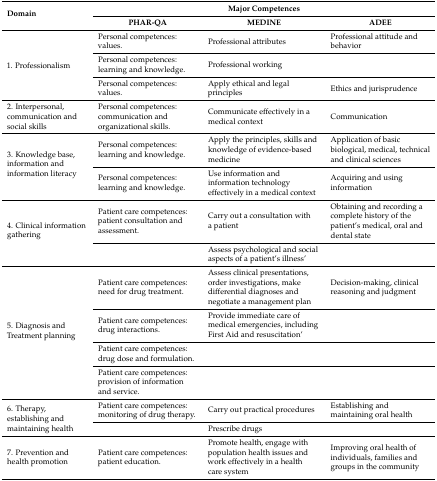
<table><thead><tr><td rowspan="2"><b>Domain</b></td><td colspan="3"><b>Major Competences</b></td></tr><tr><td><b>PHAR-QA</b></td><td><b>MEDINE</b></td><td><b>ADEE</b></td></tr></thead><tbody><tr><td rowspan="3">1. Professionalism</td><td>Personal competences: values.</td><td>Professional attributes</td><td>Professional attitude and behavior</td></tr><tr><td>Personal competences: learning and knowledge.</td><td>Professional working</td><td></td></tr><tr><td>Personal competences: values.</td><td>Apply ethical and legal principles</td><td>Ethics and jurisprudence</td></tr><tr><td>2. Interpersonal, communication and social skills</td><td>Personal competences: communication and organizational skills.</td><td>Communicate effectively in a medical context</td><td>Communication</td></tr><tr><td rowspan="2">3. Knowledge base, information and information literacy</td><td>Personal competences: learning and knowledge.</td><td>Apply the principles, skills and knowledge of evidence-based medicine</td><td>Application of basic biological, medical, technical and clinical sciences</td></tr><tr><td>Personal competences: learning and knowledge.</td><td>Use information and information technology effectively in a medical context</td><td>Acquiring and using information</td></tr><tr><td rowspan="2">4. Clinical information gathering</td><td>Patient care competences: patient consultation and assessment.</td><td>Carry out a consultation with a patient</td><td>Obtaining and recording a complete history of the patient’s medical, oral and dental state</td></tr><tr><td></td><td>Assess psychological and social aspects of a patient’s illness’</td><td></td></tr><tr><td rowspan="4">5. Diagnosis and Treatment planning</td><td>Patient care competences: need for drug treatment.</td><td>Assess clinical presentations, order investigations, make differential diagnoses and negotiate a management plan</td><td>Decision-making, clinical reasoning and judgment</td></tr><tr><td>Patient care competences: drug interactions.</td><td>Provide immediate care of medical emergencies, including First Aid and resuscitation’</td><td></td></tr><tr><td>Patient care competences: drug dose and formulation.</td><td></td><td></td></tr><tr><td>Patient care competences: provision of information and service.</td><td></td><td></td></tr><tr><td rowspan="2">6. Therapy, establishing and maintaining health</td><td>Patient care competences: monitoring of drug therapy.</td><td>Carry out practical procedures</td><td>Establishing and maintaining oral health</td></tr><tr><td></td><td>Prescribe drugs</td><td></td></tr><tr><td>7. Prevention and health promotion</td><td>Patient care competences: patient education.</td><td>Promote health, engage with population health issues and work effectively in a health care system</td><td>Improving oral health of individuals, families and groups in the community</td></tr></tbody></table>